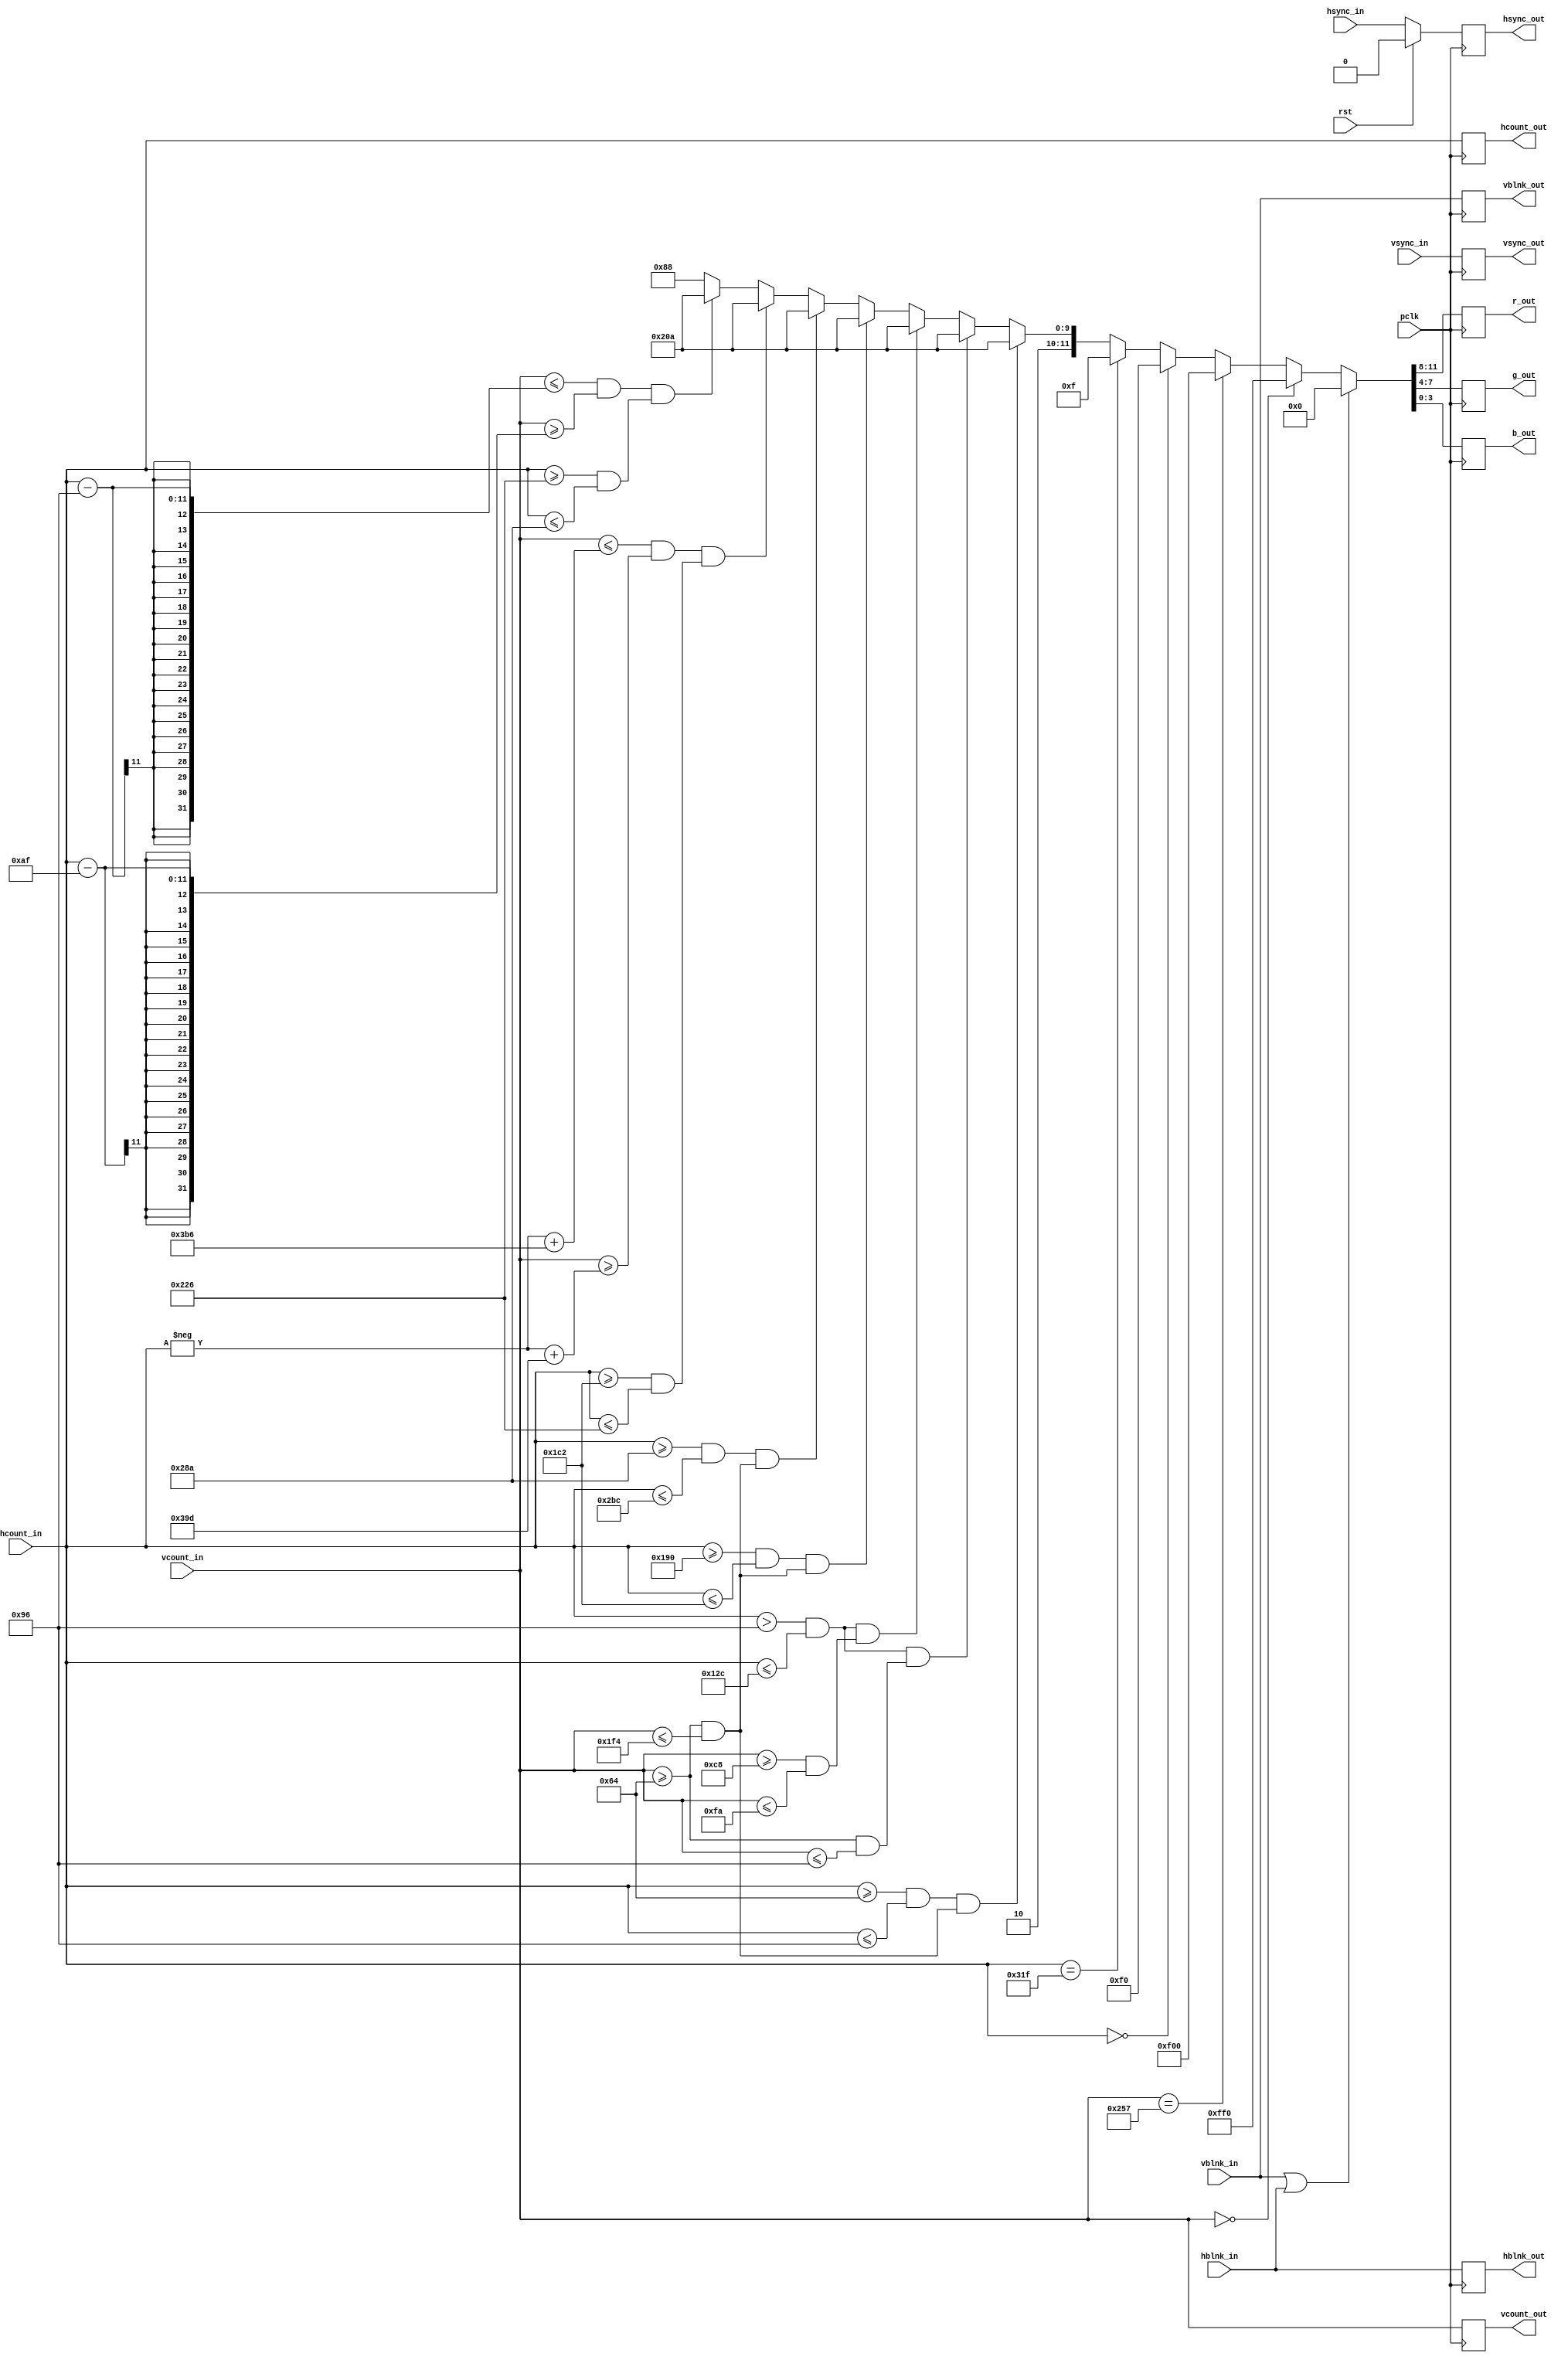
`timescale 1ns / 1ps

module draw_background(
    input wire pclk,
    input wire rst,
    input wire [10:0] hcount_in,
    input wire hsync_in,
    input wire hblnk_in,
    input wire [10:0] vcount_in,
    input wire vsync_in,
    input wire vblnk_in,
    output reg [10:0] hcount_out,
    output reg hsync_out,
    output reg hblnk_out,
    output reg [10:0] vcount_out,
    output reg vsync_out,
    output reg vblnk_out,
    output reg [3:0] r_out,
    output reg [3:0] g_out,
    output reg [3:0] b_out
    );
    
    always @(posedge pclk)
    begin
        begin
        if(rst)
        begin
            vcount_out <= 0;
            hcount_out <= 0;
            hsync_out <= 0;
            vsync_out <= 0;
            hblnk_out <= 0;
            vblnk_out <= 0;
        end
        else
            hsync_out <= hsync_in;
            vsync_out <= vsync_in;
            hblnk_out <= hblnk_in;
            vblnk_out <= vblnk_in;
            hcount_out <= hcount_in;
            vcount_out <= vcount_in;
        
            // During blanking, make it it black.
            if (vblnk_in || hblnk_in) {r_out,g_out,b_out} <= 12'h0_0_0; 
            else
            begin
              // Active display, top edge, make a yellow line.
              if (vcount_in == 0) {r_out,g_out,b_out} <= 12'hf_f_0;
              // Active display, bottom edge, make a red line.
              else if (vcount_in == 599) {r_out,g_out,b_out} <= 12'hf_0_0;
              // Active display, left edge, make a green line.
              else if (hcount_in == 0) {r_out,g_out,b_out} <= 12'h0_f_0;
              // Active display, right edge, make a blue line.
              else if (hcount_in == 799) {r_out,g_out,b_out} <= 12'h0_0_f;
              // You will replace this with your own test.
              else if ((hcount_in >= 100  && hcount_in <= 150 ) && (vcount_in >= 100 && vcount_in <= 500))
                {r_out,g_out,b_out} <= 12'ha_0_a;
              else if ((hcount_in > 150  && hcount_in <= 300 ) && (vcount_in >= 100 && vcount_in <= 150))
                {r_out,g_out,b_out} <= 12'ha_0_a;
              else if ((hcount_in > 150  && hcount_in <= 300 ) && (vcount_in >= 200 && vcount_in <= 250))
                {r_out,g_out,b_out} <= 12'ha_0_a;
              else if ((hcount_in >= 400  && hcount_in <= 450 ) && (vcount_in >= 100 && vcount_in <= 500))
                {r_out,g_out,b_out} <= 12'ha_0_a;
              else if ((hcount_in >= 650  && hcount_in <= 700 ) && (vcount_in >= 100 && vcount_in <= 500))
                {r_out,g_out,b_out} <= 12'ha_0_a;
              else if ((hcount_in >= 650  && hcount_in <= 700 ) && (vcount_in >= 100 && vcount_in <= 500))
                {r_out,g_out,b_out} <= 12'ha_0_a;
              else if ((( vcount_in <= -hcount_in + 950 ) && ( vcount_in >= -hcount_in + 925 )) && (hcount_in >= 450 && hcount_in <= 550))
                {r_out,g_out,b_out} <= 12'ha_0_a;
              else if ((( vcount_in <= hcount_in - 150 ) && ( vcount_in >= hcount_in - 175 )) && (hcount_in >= 550 && hcount_in <= 650))
                {r_out,g_out,b_out} <= 12'ha_0_a;
              // Active display, interior, fill with gray.
              else {r_out,g_out,b_out} <= 12'h8_8_8;    
            end
        end
      end
    
    
endmodule